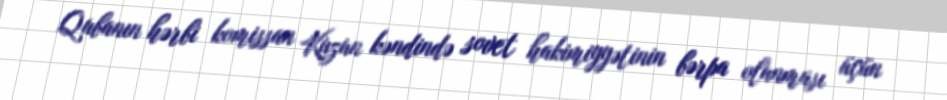
Qubanın hərbi komissan Kuzun kəndində sovet hakimiyyətinin bərpa olunması üçün